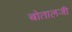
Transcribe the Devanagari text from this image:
बोतालजी